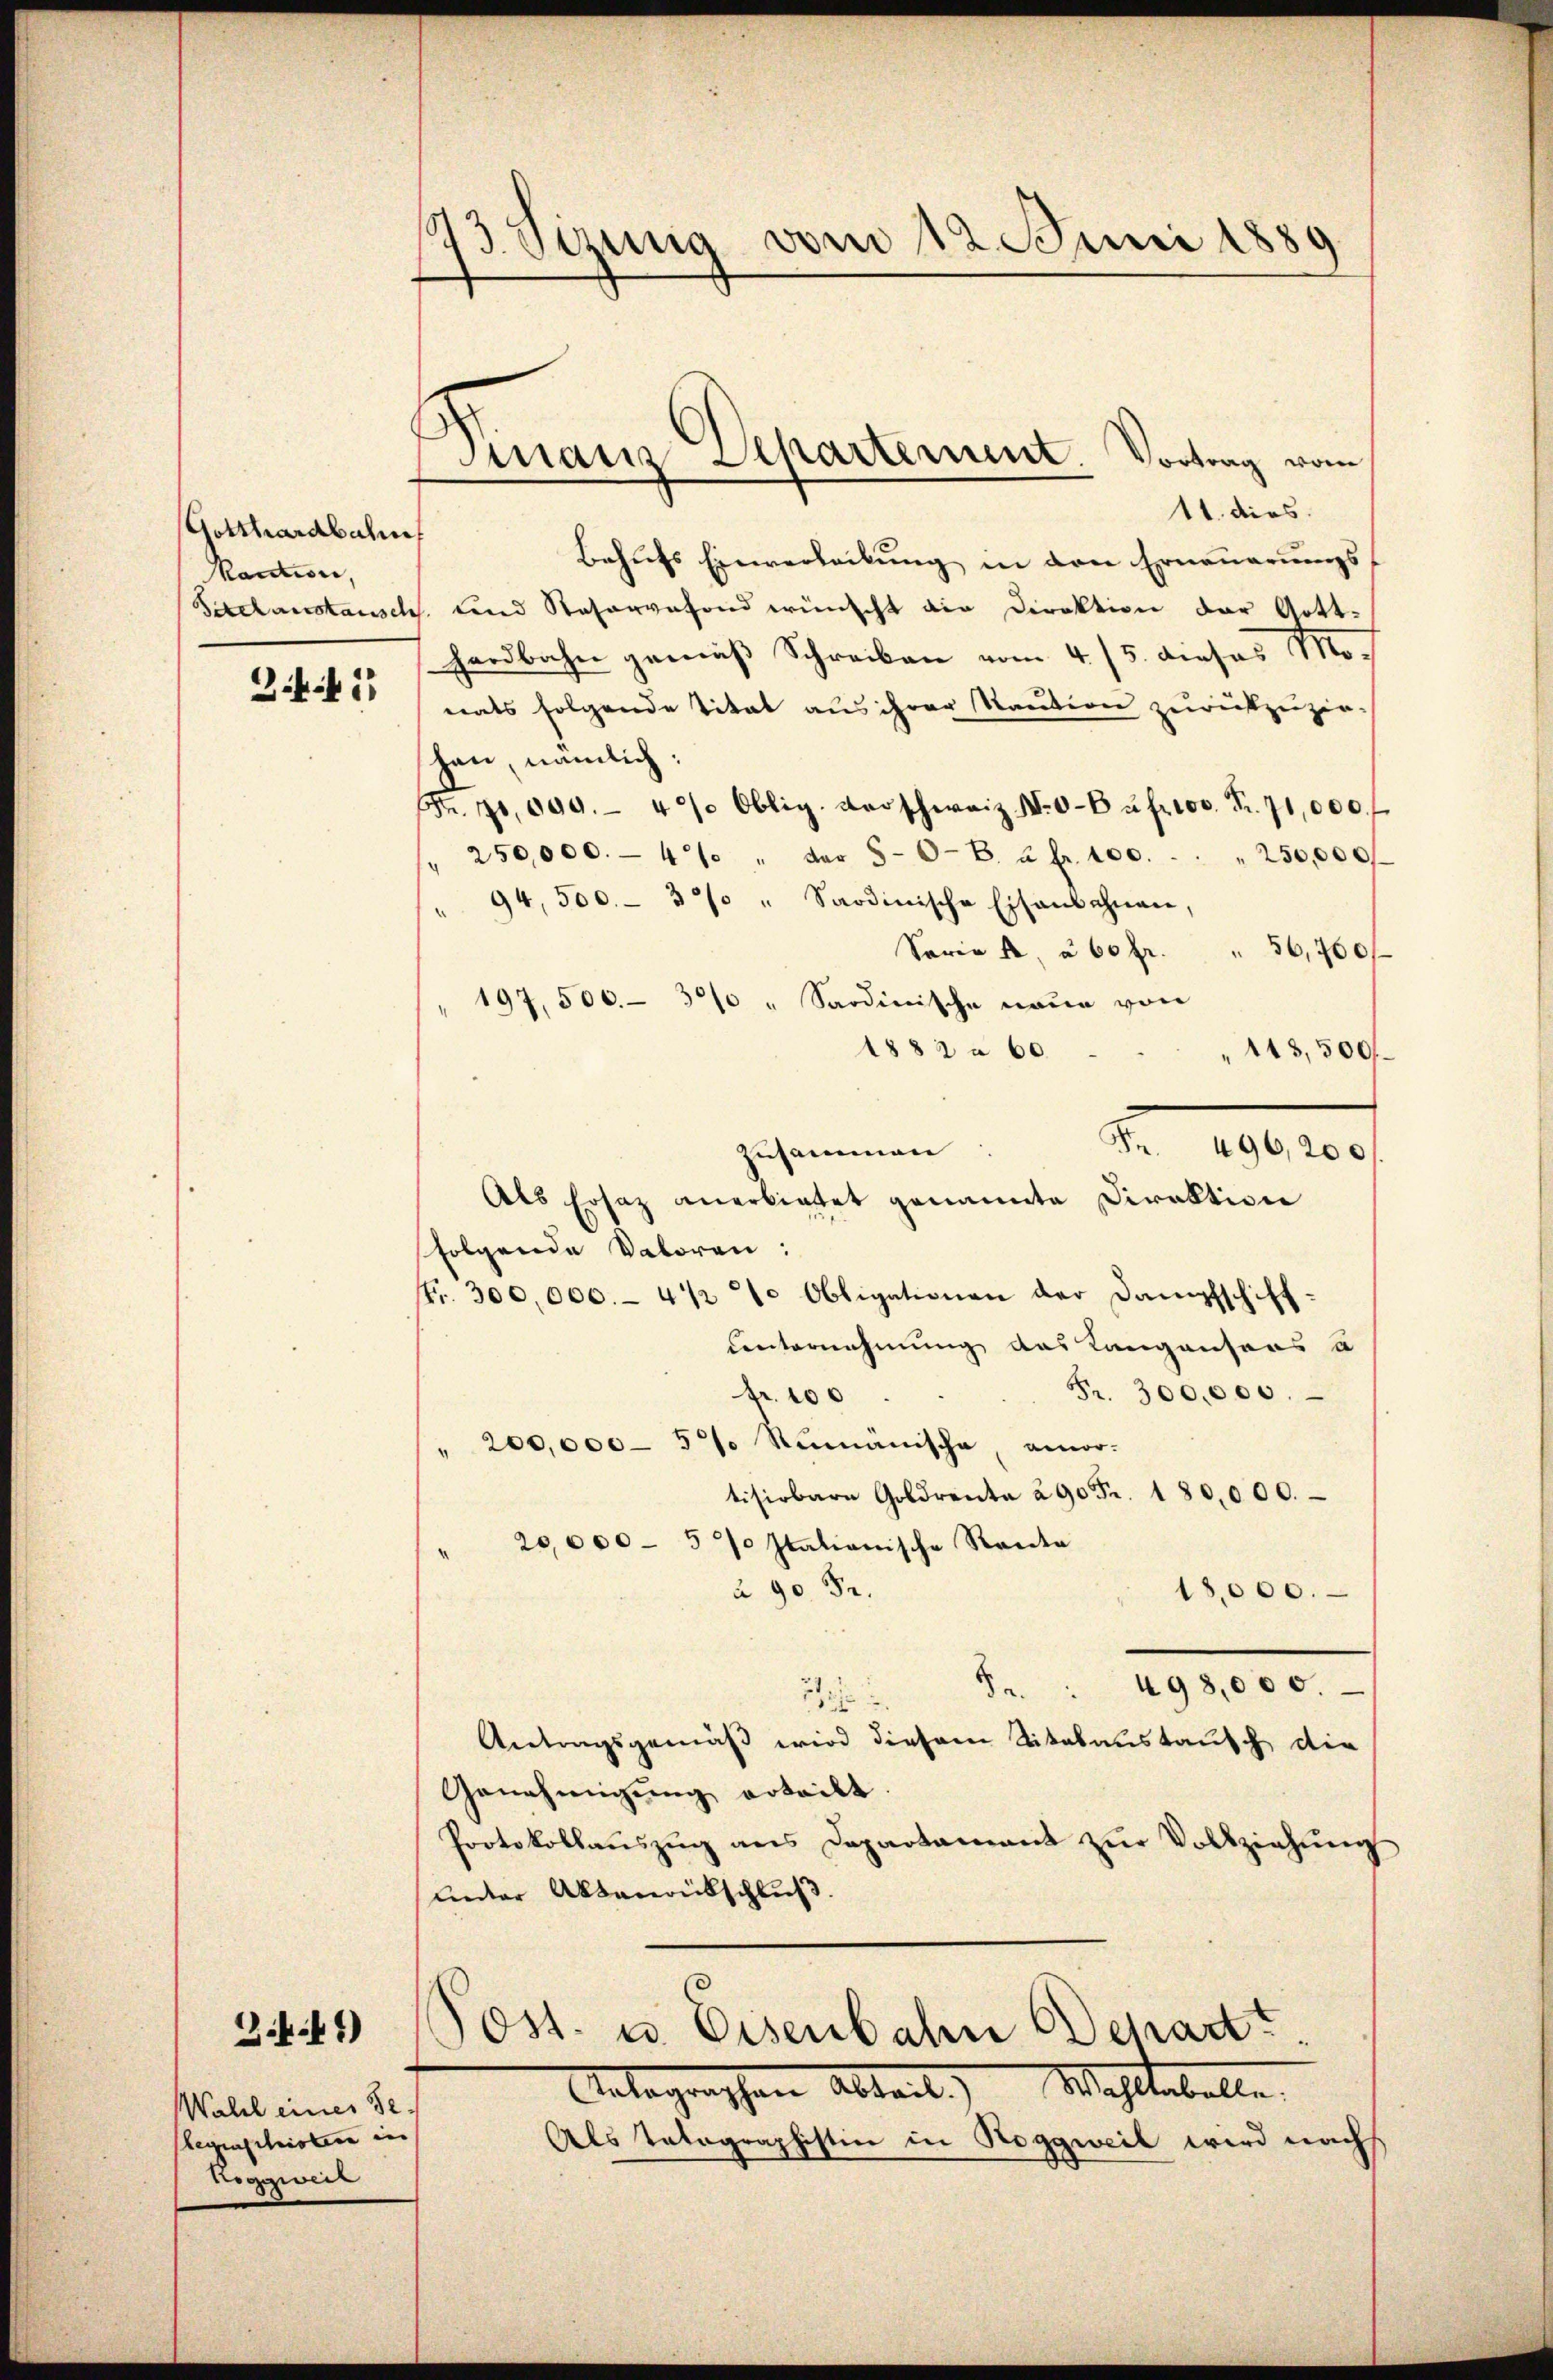
Gotthardbahn
Maction,
3.441

Wahl einer Gelegenschristere in
Roggweil

.41)

3 Sirung vom 12. Juni 1889

Finanz Departement. Vortrag vom

Post. u. Eisenbahn Schart.

11. dies
Behufs Einverlackung in den Erneuerungs¬
Setel anstausch. und Reservefond wünscht die Direktion der Gott-
hardbahn gemäβ Schreiben vom 4/5. dieses Mo
nats folgende Titel aus ihrer Kaution zurückzuzie-
han, nämlich:
Fr. 10,000.- 4% Oblig. Verschweiz. N. O-Bŭ fr. 100. Fr. 71,000 f
" 250,000.- 4. " der 50-B. à Fr. 100. . . " 250,000
" 94,500.- 37. " Sardinische Eisenbahnen,
Saria A à 60 fr. " 36,760/
197,500.- 30% " Sardinische neue von
1882 n 60.
143,500
Nr. 10000
Zusammen.
Als Ersatz anerbietet genannte Direktion
folgende Valoren:
Fr. 300,000.- 4 1/2 L. Obligationen der Dampfschiff¬
Untornehmung das Langensans a
Fr. 300,000.
Fr. 100
" 200,000 - 5. Rumänische, amor-
tisirbare Goldrente 290 Fr. 180,000.
20,000 - 57 stationische Rente
à 90 Fr.
18,000.
498,000.
8
h
Antragsgemäß wird diesem Vitalaustausch die
Genehmigŭng erteilt.
Protokollauszug aus Departamant zur Vollziehung
unter Aktenrübschluß.

Unbegraschen Abteil) Machtebelle.
Als Tatagraphistin in Roggweil wird nach